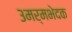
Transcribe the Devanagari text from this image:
३मर्मभेदक